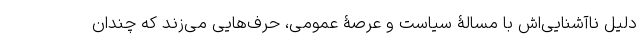
دلیل ناآشنایی‌اش با مسالۀ سیاست و عرصۀ عمومی، حرف‌هایی می‌زند که چندان